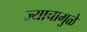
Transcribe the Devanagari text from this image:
ज्याचामुळे